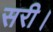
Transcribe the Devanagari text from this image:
सरी।